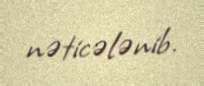
nəticələnib.